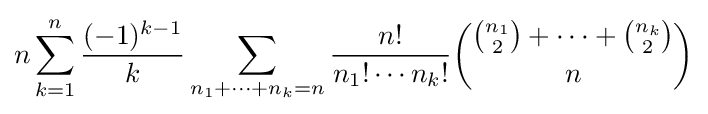
n\sum _{k=1}^{n}{\frac {(-1)^{k-1}}{k}}\sum _{n_{1}+\cdots +n_{k}=n}{\frac {n!}{n_{1}!\cdots n_{k}!}}{\binom {{\binom {n_{1}}{2}}+\cdots +{\binom {n_{k}}{2}}}{n}}